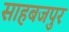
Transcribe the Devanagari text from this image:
साहबजपुर